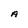
Character: A